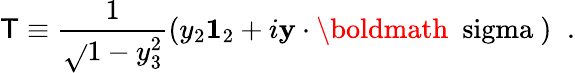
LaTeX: \mathsf{T}\equiv\frac{{1}}{{\sqrt{}{{1-y_{3}^{2}}}}}\left(y_{2}{\mathbf{1}}_{2}+i{\mathbf{y}}\cdot\mathrm{{\boldmath~\ sigma~}}\right)\; \; .